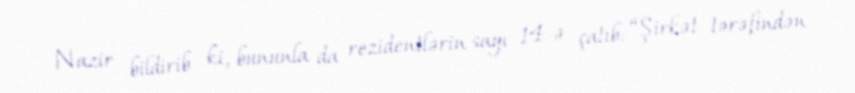
Nazir bildirib ki, bununla da rezidentlərin sayı 14-ə çatıb: “Şirkət tərəfindən